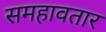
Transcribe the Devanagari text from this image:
समहावतार